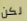
لكن